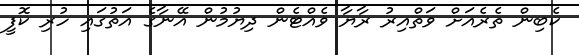
ކެބިން ތެރެއަށް ވަތްއިރު ރާޔާ ވެއްޓެން ދިޔުމުން އޭނާގެ އަތުގައި ހުރި ކޮފީ